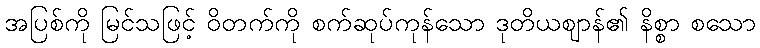
အပြစ်ကို မြင်သဖြင့် ဝိတက်ကို စက်ဆုပ်ကုန်သော ဒုတိယဈာန်၏ နိစ္စာ စသော